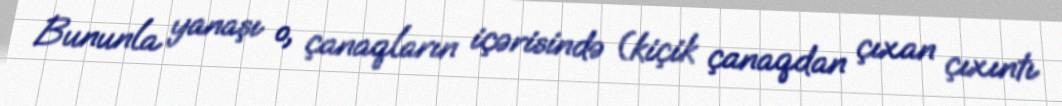
Bununla yanaşı o, çanaqların içərisində (kiçik çanaqdan çıxan çıxıntı